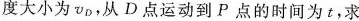
度大小为v_{D}，从D点运动到P点的时间为t，求